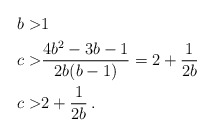
\begin{align*}b > & 1\\c > & \frac{4b^2-3b-1}{2b (b-1)} = 2 + \frac{1}{2b}\\c > & 2 + \frac{1}{2b}\, .\end{align*}